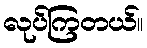
လုပ်ကြတယ်။